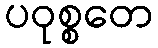
ပဝုစ္စတေ